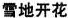
雪地开花